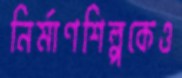
নির্মাণশিল্পকেও